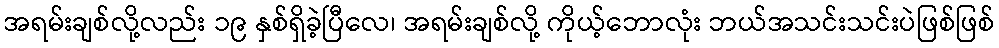
အရမ်းချစ်လို့လည်း ၁၉ နှစ်ရှိခဲ့ပြီလေ၊ အရမ်းချစ်လို့ ကိုယ့်ဘောလုံး ဘယ်အသင်းသင်းပဲဖြစ်ဖြစ်